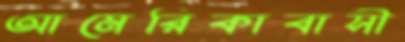
আমেরিকাবাসী